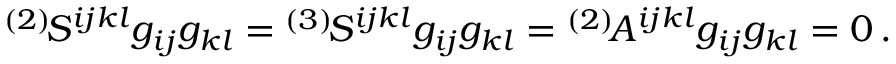
\begin{array} { r } { ^ { ( 2 ) } \! S ^ { i j k l } g _ { i j } g _ { k l } = { } ^ { ( 3 ) } \! S ^ { i j k l } g _ { i j } g _ { k l } = { } ^ { ( 2 ) } \! A ^ { i j k l } g _ { i j } g _ { k l } = 0 \, . } \end{array}